Senior Leaving Certificate Examination (including Day School Certificate (Higher) General paper), 1947
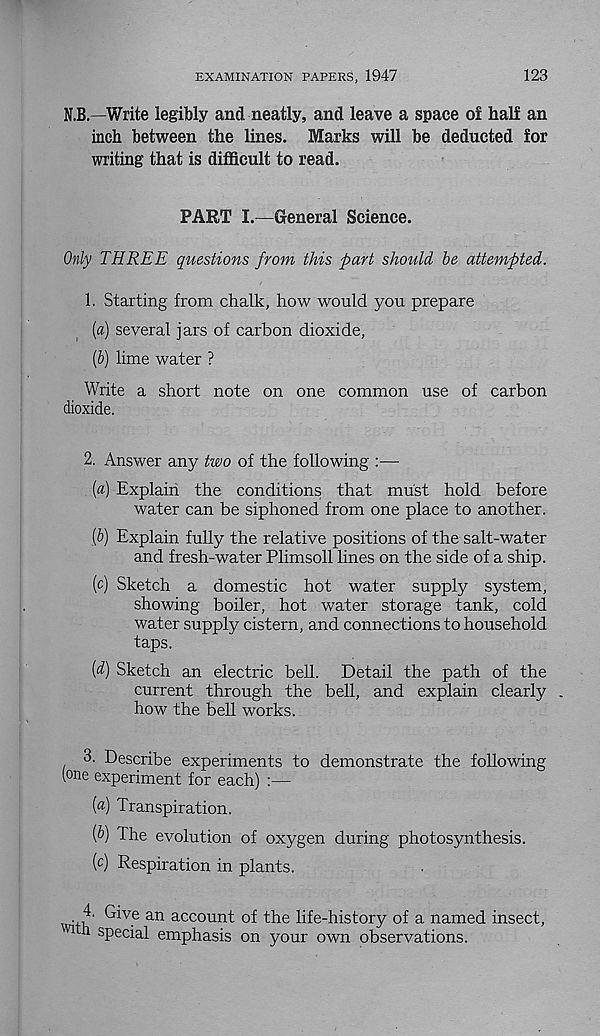
EXAMINATION PAPERS, 1947
123
N.B.—Write legibly and neatly, and leave a space o£ half an
inch between the lines. Marks will be deducted for
writing that is difficult to read.
PART I.—General Science.
Only THREE questions from this part should be attempted.
1. Starting from chalk, how would you prepare
[a) several jars of carbon dioxide,
[b) lime water ?
Write a short note on one common use of carbon
dioxide,
2. Answer any two of the following :—
[a] Explain the conditions that must hold before
water can be siphoned from one place to another.
(5) Explain fully the relative positions of the salt-water
and fresh-water Plimsoll lines on the side of a ship.
[c) Sketch a domestic hot water supply system,
showing boiler, hot water storage tank, cold
water supply cistern, and connections to household
taps.
[d) Sketch an electric bell. Detail the path of the
current through the bell, and explain clearly .
how the bell works.
3. Describe experiments to demonstrate the following
[one experiment for each)
(«) Transpiration.
[b) Ihe evolution of oxygen during photosynthesis.
(c) Respiration in plants.
'th ^V- e an accoun^
'the life-history of a named insect,
Vl a s P ec ial emphasis on your own observations.